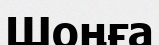
Шоңға